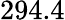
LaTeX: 294.4